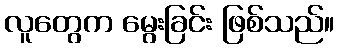
လူတွေက မွေးခြင်း ဖြစ်သည်။